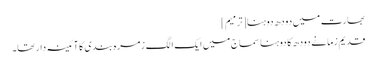
بھارت میں دودھ دوہنا[ترمیم]
قدیم زمانے دودھ کا دوہنا سماج میں ایک الگ زمرہ بندی کا آئینہ دار تھا۔